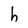
Character: h